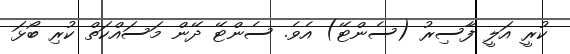
ކުރީ އަލީ ފާސިރު (ސެންޓޭ) އެވެ. ސެންޓޭ ދޭން މަސައްކަތް ކުރި ބޯޅަ